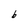
Character: b